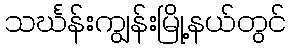
သင်္ဃန်းကျွန်းမြို့နယ်တွင်